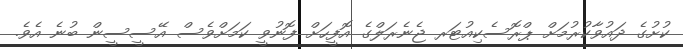
ކުށުގެ ދައުވާކުރުމަށް ޕްރޮސެކިއުޓަރ ޖެނެރަލްގެ އޮފީހަށް ފޮނުވީ ކަމަށްވެސް އޭސީސީން ބުނެ އެވެ.